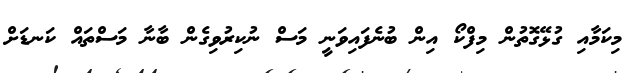
މިކަމާއި ގުޅޭގޮތުން މިފްކޯ އިން ބުނެފައިވަނީ މަސް ނުކިރުވިގެން ބާނާ މަސްތައް ކަނޑަށް